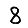
Digit: 8